画像に写った文字を読んでください
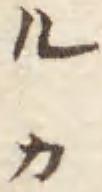
「ルカ」と書いてあります